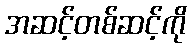
အဆင့်တစ်ဆင့်ကို